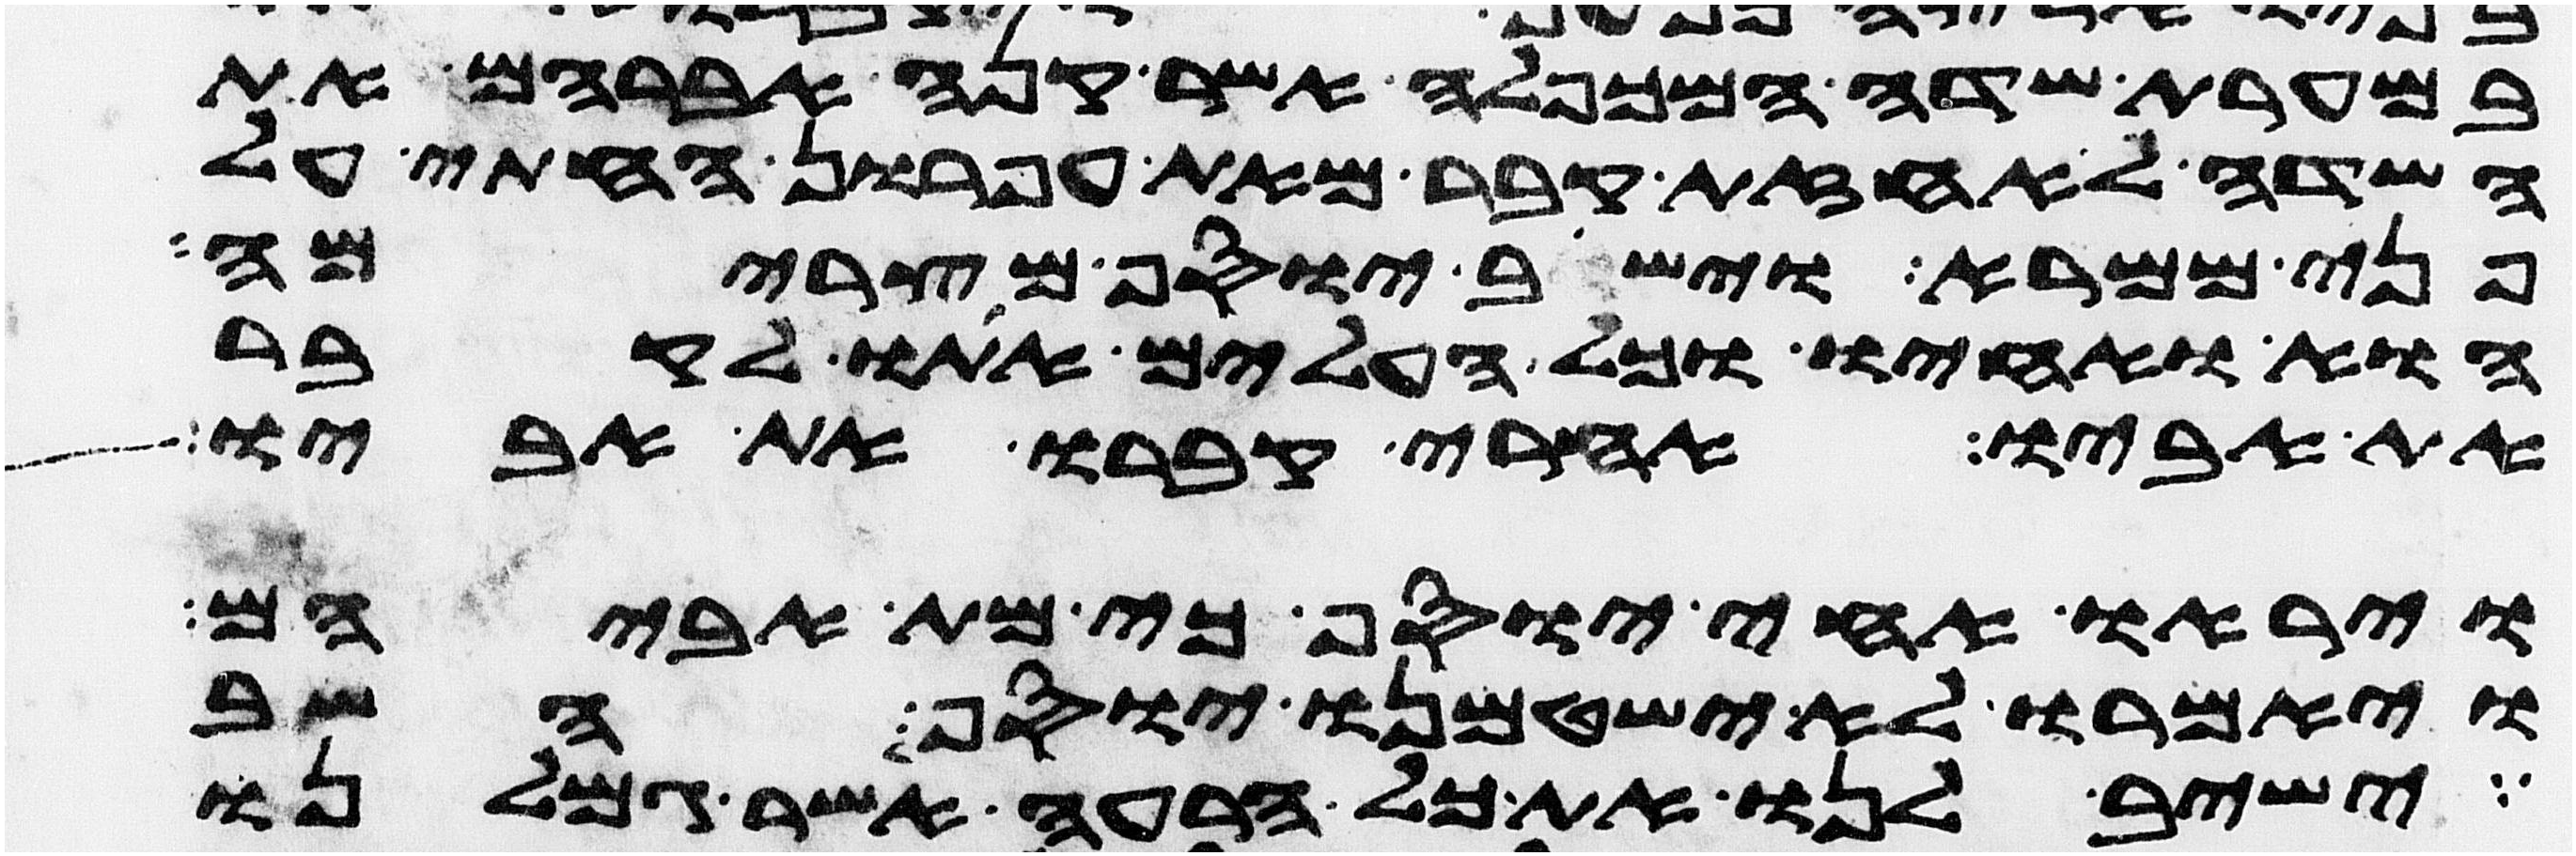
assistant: במערת שדה המכפלה אשר קנה אברהם את
השדה לאחזת קבר מאת עפרון החתי על
פני ממרא וישב יוסף מצרימה
הוא ואחיו וכל העלים אתו לקבר
את אביו אחרי קברו את אביו
ויראו אחי יוסף כי מת אביהם
ויאמרו לא ישטמנו יוסף השב
ישיב לנו את כל הרעה אשר גמלנו